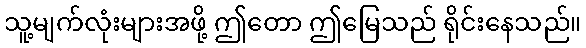
သူ့မျက်လုံးများအဖို့ ဤတော ဤမြေသည် ရိုင်းနေသည်။